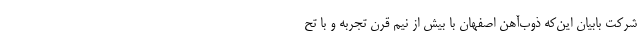
شرکت بابیان این‌که ذوب‌آهن اصفهان با بیش از نیم قرن تجربه و با تح